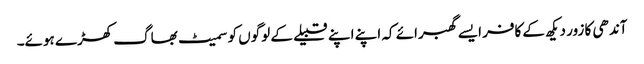
آندھی کا زور دیکھ کے کافر ایسے گھبرائے کہ اپنے اپنے قبیلے کے لوگوں کو سمیٹ بھاگ کھڑے ہوئے۔